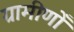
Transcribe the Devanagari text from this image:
ग्रामीणोँ